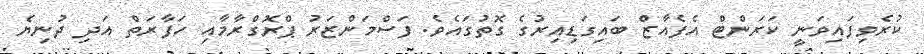
ކުރެވިފައިވަނީ ކަރަންޓް އެފެއާޒް ބައިގަޑިއިރުގެ ގޮތުގައެވެ. ފަސްމަންޒަރު ޕްރޮގްރާމާއި ހަފާރަތް އަދި ދުނިޔެ